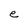
Character: e